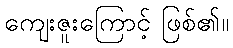
ကျေးဇူးကြောင့် ဖြစ်၏။